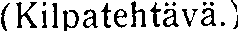
(Kilpatehtävä.)